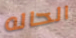
الحاله